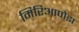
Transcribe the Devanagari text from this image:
मिरिआपोडा